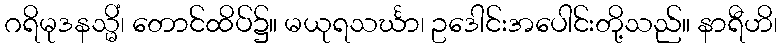
ဂရိမုဒနသ္မိံ၊ တောင်ထိပ်၌။ မယုရသင်္ဃာ၊ ဥဒေါင်းအပေါင်းတို့သည်။ နာရီဟိ၊